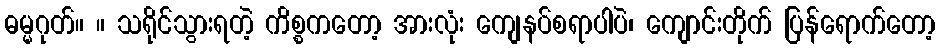
ဓမ္မဂုတ်။ ။ သရိုင်သွားရတဲ့ ကိစ္စကတော့ အားလုံး ကျေနပ်စရာပါပဲ၊ ကျောင်းတိုက် ပြန်ရောက်တော့